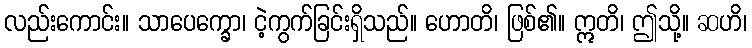
လည်းကောင်း။ သာပေက္ခော၊ ငဲ့ကွက်ခြင်းရှိသည်။ ဟောတိ၊ ဖြစ်၏။ ဣတိ၊ ဤသို့။ ဆဟိ၊